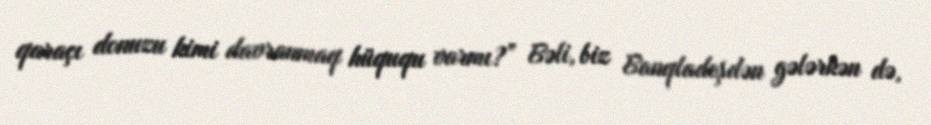
qaraçı donuzu kimi davranmaq hüququ varmı?” Bəli, biz Banqladeşdən gələrkən də,